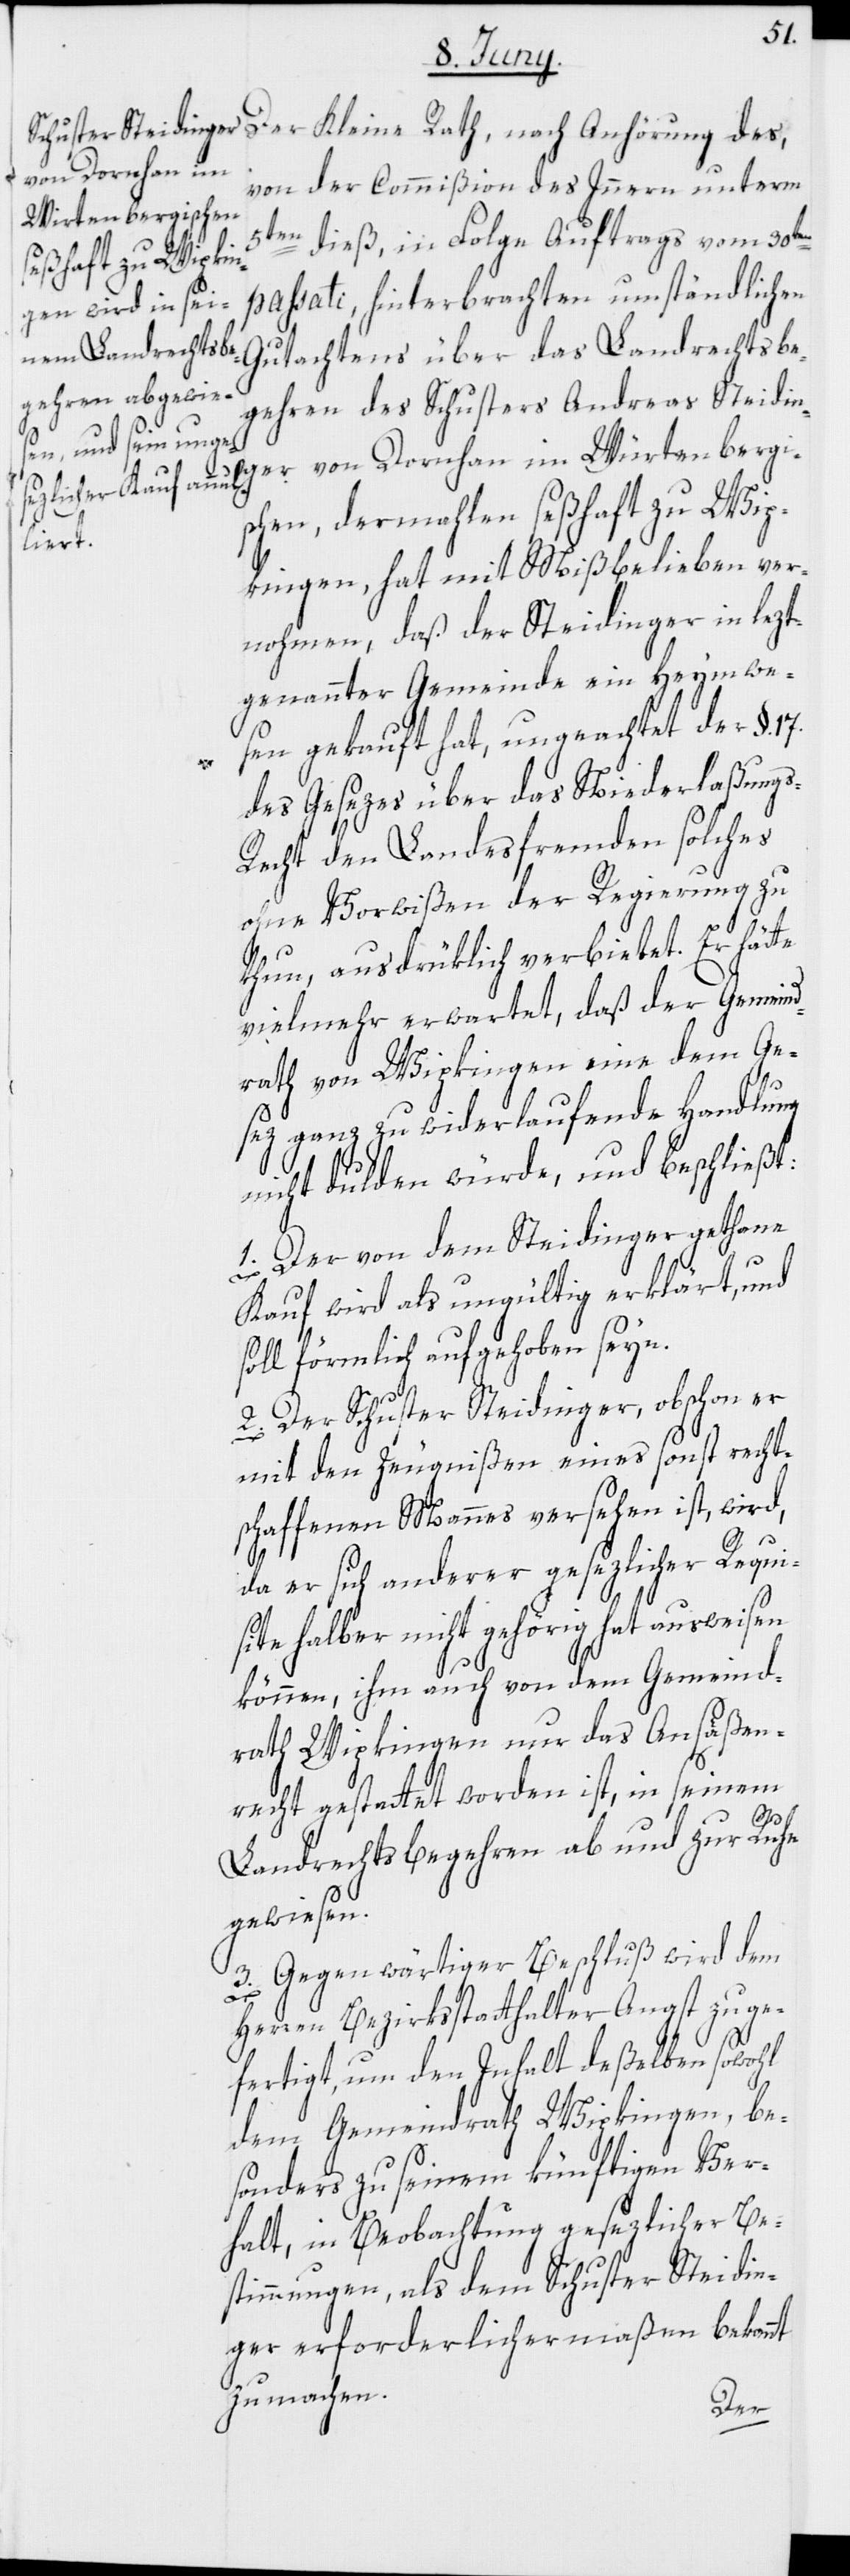
von der Commißion des Innern unterm
5ten dieß, in Folge Auftrags vom 30ten
passati, hinterbrachten umständlichen
Gutachtens über das Landrechtsbe¬
gehren des Schusters Andreas Steidin¬
ger von Dornhan im Würtenbergi¬
Anhörung des,
schen, dermahlen seßhaft zu Wip¬
kingen, hat mit Mißbelieben ver¬
nohmen, daß der Steidinger in lezt¬
genannter Gemeinde ein Heymwe¬
sen gekauft hat, ungeachtet der §.
17.
des Gesezes über das Niederlaßungs-R¬
echt den Landesfremden solches
ohne Vorwißen der Regierung zu
thun, ausdrüklich verbietet. Er hätte
vielmehr erwartet, daß der Gemeind¬
rath von Wipkingen eine dem Ge¬
sez ganz zuwiderlaufende Handlung
nicht dulden würde, und beschließt:
1. Der von dem Steidinger gethane
Kauf wird als ungültig erklärt, und
soll förmlich aufgehoben seyn.
2. Der Schuster Steidinger, obschon er
mit den Zeugnißen eines sonst recht¬
schaffenen Mannes versehen ist, wird,
da er sich anderer gesezlicher Requi¬
site halber nicht gehörig hat ausweisen
können, ihm auch von dem Gemeind¬
rath Wipkingen nur das Ansäßen¬
recht gestattet worden ist, in seinem
Landrechtsbegehren ab- und zur Ruhe
gewiesen.
3. Gegenwärtiger Beschluß wird dem
Herren Bezirksstatthalter Angst zuge¬
fertigt, um den Inhalt deßelben sowohl
dem Gemeindrath Wipkingen, be¬
sonders zu seinem künftigen Ver¬
halt, in Beobachtung gesezlicher Be¬
stimmungen, als dem Schuster Steidin¬
ger erforderlichermaßen bekannt
zu machen.
Der